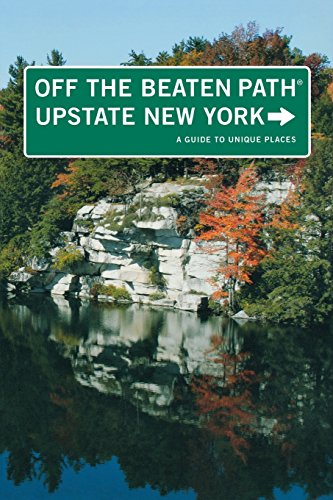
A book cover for Upstate New York Off the Beaten PathÂ®: A Guide To Unique Places (Off the Beaten Path Series); Susan Finch; Travel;